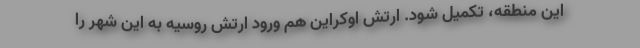
این منطقه، تکمیل شود. ارتش اوکراین هم ورود ارتش روسیه به این شهر را